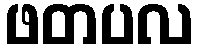
ဖတပလ